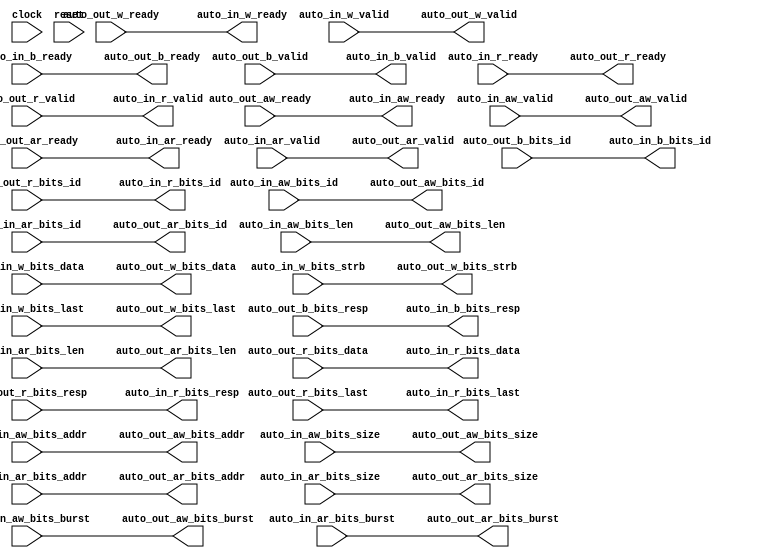
module AXI4Xbar_1( // @[:freechips.rocketchip.system.DefaultRV32Config.fir@230616.2]
  input         clock, // @[:freechips.rocketchip.system.DefaultRV32Config.fir@230617.4]
  input         reset, // @[:freechips.rocketchip.system.DefaultRV32Config.fir@230618.4]
  output        auto_in_aw_ready, // @[:freechips.rocketchip.system.DefaultRV32Config.fir@230619.4]
  input         auto_in_aw_valid, // @[:freechips.rocketchip.system.DefaultRV32Config.fir@230619.4]
  input  [3:0]  auto_in_aw_bits_id, // @[:freechips.rocketchip.system.DefaultRV32Config.fir@230619.4]
  input  [11:0] auto_in_aw_bits_addr, // @[:freechips.rocketchip.system.DefaultRV32Config.fir@230619.4]
  input  [7:0]  auto_in_aw_bits_len, // @[:freechips.rocketchip.system.DefaultRV32Config.fir@230619.4]
  input  [2:0]  auto_in_aw_bits_size, // @[:freechips.rocketchip.system.DefaultRV32Config.fir@230619.4]
  input  [1:0]  auto_in_aw_bits_burst, // @[:freechips.rocketchip.system.DefaultRV32Config.fir@230619.4]
  output        auto_in_w_ready, // @[:freechips.rocketchip.system.DefaultRV32Config.fir@230619.4]
  input         auto_in_w_valid, // @[:freechips.rocketchip.system.DefaultRV32Config.fir@230619.4]
  input  [31:0] auto_in_w_bits_data, // @[:freechips.rocketchip.system.DefaultRV32Config.fir@230619.4]
  input  [3:0]  auto_in_w_bits_strb, // @[:freechips.rocketchip.system.DefaultRV32Config.fir@230619.4]
  input         auto_in_w_bits_last, // @[:freechips.rocketchip.system.DefaultRV32Config.fir@230619.4]
  input         auto_in_b_ready, // @[:freechips.rocketchip.system.DefaultRV32Config.fir@230619.4]
  output        auto_in_b_valid, // @[:freechips.rocketchip.system.DefaultRV32Config.fir@230619.4]
  output [3:0]  auto_in_b_bits_id, // @[:freechips.rocketchip.system.DefaultRV32Config.fir@230619.4]
  output [1:0]  auto_in_b_bits_resp, // @[:freechips.rocketchip.system.DefaultRV32Config.fir@230619.4]
  output        auto_in_ar_ready, // @[:freechips.rocketchip.system.DefaultRV32Config.fir@230619.4]
  input         auto_in_ar_valid, // @[:freechips.rocketchip.system.DefaultRV32Config.fir@230619.4]
  input  [3:0]  auto_in_ar_bits_id, // @[:freechips.rocketchip.system.DefaultRV32Config.fir@230619.4]
  input  [11:0] auto_in_ar_bits_addr, // @[:freechips.rocketchip.system.DefaultRV32Config.fir@230619.4]
  input  [7:0]  auto_in_ar_bits_len, // @[:freechips.rocketchip.system.DefaultRV32Config.fir@230619.4]
  input  [2:0]  auto_in_ar_bits_size, // @[:freechips.rocketchip.system.DefaultRV32Config.fir@230619.4]
  input  [1:0]  auto_in_ar_bits_burst, // @[:freechips.rocketchip.system.DefaultRV32Config.fir@230619.4]
  input         auto_in_r_ready, // @[:freechips.rocketchip.system.DefaultRV32Config.fir@230619.4]
  output        auto_in_r_valid, // @[:freechips.rocketchip.system.DefaultRV32Config.fir@230619.4]
  output [3:0]  auto_in_r_bits_id, // @[:freechips.rocketchip.system.DefaultRV32Config.fir@230619.4]
  output [31:0] auto_in_r_bits_data, // @[:freechips.rocketchip.system.DefaultRV32Config.fir@230619.4]
  output [1:0]  auto_in_r_bits_resp, // @[:freechips.rocketchip.system.DefaultRV32Config.fir@230619.4]
  output        auto_in_r_bits_last, // @[:freechips.rocketchip.system.DefaultRV32Config.fir@230619.4]
  input         auto_out_aw_ready, // @[:freechips.rocketchip.system.DefaultRV32Config.fir@230619.4]
  output        auto_out_aw_valid, // @[:freechips.rocketchip.system.DefaultRV32Config.fir@230619.4]
  output [3:0]  auto_out_aw_bits_id, // @[:freechips.rocketchip.system.DefaultRV32Config.fir@230619.4]
  output [11:0] auto_out_aw_bits_addr, // @[:freechips.rocketchip.system.DefaultRV32Config.fir@230619.4]
  output [7:0]  auto_out_aw_bits_len, // @[:freechips.rocketchip.system.DefaultRV32Config.fir@230619.4]
  output [2:0]  auto_out_aw_bits_size, // @[:freechips.rocketchip.system.DefaultRV32Config.fir@230619.4]
  output [1:0]  auto_out_aw_bits_burst, // @[:freechips.rocketchip.system.DefaultRV32Config.fir@230619.4]
  input         auto_out_w_ready, // @[:freechips.rocketchip.system.DefaultRV32Config.fir@230619.4]
  output        auto_out_w_valid, // @[:freechips.rocketchip.system.DefaultRV32Config.fir@230619.4]
  output [31:0] auto_out_w_bits_data, // @[:freechips.rocketchip.system.DefaultRV32Config.fir@230619.4]
  output [3:0]  auto_out_w_bits_strb, // @[:freechips.rocketchip.system.DefaultRV32Config.fir@230619.4]
  output        auto_out_w_bits_last, // @[:freechips.rocketchip.system.DefaultRV32Config.fir@230619.4]
  output        auto_out_b_ready, // @[:freechips.rocketchip.system.DefaultRV32Config.fir@230619.4]
  input         auto_out_b_valid, // @[:freechips.rocketchip.system.DefaultRV32Config.fir@230619.4]
  input  [3:0]  auto_out_b_bits_id, // @[:freechips.rocketchip.system.DefaultRV32Config.fir@230619.4]
  input  [1:0]  auto_out_b_bits_resp, // @[:freechips.rocketchip.system.DefaultRV32Config.fir@230619.4]
  input         auto_out_ar_ready, // @[:freechips.rocketchip.system.DefaultRV32Config.fir@230619.4]
  output        auto_out_ar_valid, // @[:freechips.rocketchip.system.DefaultRV32Config.fir@230619.4]
  output [3:0]  auto_out_ar_bits_id, // @[:freechips.rocketchip.system.DefaultRV32Config.fir@230619.4]
  output [11:0] auto_out_ar_bits_addr, // @[:freechips.rocketchip.system.DefaultRV32Config.fir@230619.4]
  output [7:0]  auto_out_ar_bits_len, // @[:freechips.rocketchip.system.DefaultRV32Config.fir@230619.4]
  output [2:0]  auto_out_ar_bits_size, // @[:freechips.rocketchip.system.DefaultRV32Config.fir@230619.4]
  output [1:0]  auto_out_ar_bits_burst, // @[:freechips.rocketchip.system.DefaultRV32Config.fir@230619.4]
  output        auto_out_r_ready, // @[:freechips.rocketchip.system.DefaultRV32Config.fir@230619.4]
  input         auto_out_r_valid, // @[:freechips.rocketchip.system.DefaultRV32Config.fir@230619.4]
  input  [3:0]  auto_out_r_bits_id, // @[:freechips.rocketchip.system.DefaultRV32Config.fir@230619.4]
  input  [31:0] auto_out_r_bits_data, // @[:freechips.rocketchip.system.DefaultRV32Config.fir@230619.4]
  input  [1:0]  auto_out_r_bits_resp, // @[:freechips.rocketchip.system.DefaultRV32Config.fir@230619.4]
  input         auto_out_r_bits_last // @[:freechips.rocketchip.system.DefaultRV32Config.fir@230619.4]
);
  wire  _T_44; // @[Xbar.scala 260:60:freechips.rocketchip.system.DefaultRV32Config.fir@230819.4]
  wire  _T_50; // @[Xbar.scala 262:23:freechips.rocketchip.system.DefaultRV32Config.fir@230829.4]
  wire  _T_52; // @[Xbar.scala 262:12:freechips.rocketchip.system.DefaultRV32Config.fir@230831.4]
  wire  _T_53; // @[Xbar.scala 262:12:freechips.rocketchip.system.DefaultRV32Config.fir@230832.4]
  wire  _T_65; // @[Xbar.scala 260:60:freechips.rocketchip.system.DefaultRV32Config.fir@230873.4]
  wire  _T_71; // @[Xbar.scala 262:23:freechips.rocketchip.system.DefaultRV32Config.fir@230883.4]
  wire  _T_73; // @[Xbar.scala 262:12:freechips.rocketchip.system.DefaultRV32Config.fir@230885.4]
  wire  _T_74; // @[Xbar.scala 262:12:freechips.rocketchip.system.DefaultRV32Config.fir@230886.4]
  wire  _T_88; // @[Xbar.scala 260:60:freechips.rocketchip.system.DefaultRV32Config.fir@230933.4]
  wire  _T_94; // @[Xbar.scala 262:23:freechips.rocketchip.system.DefaultRV32Config.fir@230943.4]
  wire  _T_96; // @[Xbar.scala 262:12:freechips.rocketchip.system.DefaultRV32Config.fir@230945.4]
  wire  _T_97; // @[Xbar.scala 262:12:freechips.rocketchip.system.DefaultRV32Config.fir@230946.4]
  wire  _T_109; // @[Xbar.scala 260:60:freechips.rocketchip.system.DefaultRV32Config.fir@230981.4]
  wire  _T_115; // @[Xbar.scala 262:23:freechips.rocketchip.system.DefaultRV32Config.fir@230991.4]
  wire  _T_117; // @[Xbar.scala 262:12:freechips.rocketchip.system.DefaultRV32Config.fir@230993.4]
  wire  _T_118; // @[Xbar.scala 262:12:freechips.rocketchip.system.DefaultRV32Config.fir@230994.4]
  assign _T_44 = ~auto_in_aw_valid; // @[Xbar.scala 260:60:freechips.rocketchip.system.DefaultRV32Config.fir@230819.4]
  assign _T_50 = _T_44 | auto_in_aw_valid; // @[Xbar.scala 262:23:freechips.rocketchip.system.DefaultRV32Config.fir@230829.4]
  assign _T_52 = _T_50 | reset; // @[Xbar.scala 262:12:freechips.rocketchip.system.DefaultRV32Config.fir@230831.4]
  assign _T_53 = ~_T_52; // @[Xbar.scala 262:12:freechips.rocketchip.system.DefaultRV32Config.fir@230832.4]
  assign _T_65 = ~auto_in_ar_valid; // @[Xbar.scala 260:60:freechips.rocketchip.system.DefaultRV32Config.fir@230873.4]
  assign _T_71 = _T_65 | auto_in_ar_valid; // @[Xbar.scala 262:23:freechips.rocketchip.system.DefaultRV32Config.fir@230883.4]
  assign _T_73 = _T_71 | reset; // @[Xbar.scala 262:12:freechips.rocketchip.system.DefaultRV32Config.fir@230885.4]
  assign _T_74 = ~_T_73; // @[Xbar.scala 262:12:freechips.rocketchip.system.DefaultRV32Config.fir@230886.4]
  assign _T_88 = ~auto_out_r_valid; // @[Xbar.scala 260:60:freechips.rocketchip.system.DefaultRV32Config.fir@230933.4]
  assign _T_94 = _T_88 | auto_out_r_valid; // @[Xbar.scala 262:23:freechips.rocketchip.system.DefaultRV32Config.fir@230943.4]
  assign _T_96 = _T_94 | reset; // @[Xbar.scala 262:12:freechips.rocketchip.system.DefaultRV32Config.fir@230945.4]
  assign _T_97 = ~_T_96; // @[Xbar.scala 262:12:freechips.rocketchip.system.DefaultRV32Config.fir@230946.4]
  assign _T_109 = ~auto_out_b_valid; // @[Xbar.scala 260:60:freechips.rocketchip.system.DefaultRV32Config.fir@230981.4]
  assign _T_115 = _T_109 | auto_out_b_valid; // @[Xbar.scala 262:23:freechips.rocketchip.system.DefaultRV32Config.fir@230991.4]
  assign _T_117 = _T_115 | reset; // @[Xbar.scala 262:12:freechips.rocketchip.system.DefaultRV32Config.fir@230993.4]
  assign _T_118 = ~_T_117; // @[Xbar.scala 262:12:freechips.rocketchip.system.DefaultRV32Config.fir@230994.4]
  assign auto_in_aw_ready = auto_out_aw_ready; // @[LazyModule.scala 303:16:freechips.rocketchip.system.DefaultRV32Config.fir@230629.4]
  assign auto_in_w_ready = auto_out_w_ready; // @[LazyModule.scala 303:16:freechips.rocketchip.system.DefaultRV32Config.fir@230629.4]
  assign auto_in_b_valid = auto_out_b_valid; // @[LazyModule.scala 303:16:freechips.rocketchip.system.DefaultRV32Config.fir@230629.4]
  assign auto_in_b_bits_id = auto_out_b_bits_id; // @[LazyModule.scala 303:16:freechips.rocketchip.system.DefaultRV32Config.fir@230629.4]
  assign auto_in_b_bits_resp = auto_out_b_bits_resp; // @[LazyModule.scala 303:16:freechips.rocketchip.system.DefaultRV32Config.fir@230629.4]
  assign auto_in_ar_ready = auto_out_ar_ready; // @[LazyModule.scala 303:16:freechips.rocketchip.system.DefaultRV32Config.fir@230629.4]
  assign auto_in_r_valid = auto_out_r_valid; // @[LazyModule.scala 303:16:freechips.rocketchip.system.DefaultRV32Config.fir@230629.4]
  assign auto_in_r_bits_id = auto_out_r_bits_id; // @[LazyModule.scala 303:16:freechips.rocketchip.system.DefaultRV32Config.fir@230629.4]
  assign auto_in_r_bits_data = auto_out_r_bits_data; // @[LazyModule.scala 303:16:freechips.rocketchip.system.DefaultRV32Config.fir@230629.4]
  assign auto_in_r_bits_resp = auto_out_r_bits_resp; // @[LazyModule.scala 303:16:freechips.rocketchip.system.DefaultRV32Config.fir@230629.4]
  assign auto_in_r_bits_last = auto_out_r_bits_last; // @[LazyModule.scala 303:16:freechips.rocketchip.system.DefaultRV32Config.fir@230629.4]
  assign auto_out_aw_valid = auto_in_aw_valid; // @[LazyModule.scala 305:12:freechips.rocketchip.system.DefaultRV32Config.fir@230628.4]
  assign auto_out_aw_bits_id = auto_in_aw_bits_id; // @[LazyModule.scala 305:12:freechips.rocketchip.system.DefaultRV32Config.fir@230628.4]
  assign auto_out_aw_bits_addr = auto_in_aw_bits_addr; // @[LazyModule.scala 305:12:freechips.rocketchip.system.DefaultRV32Config.fir@230628.4]
  assign auto_out_aw_bits_len = auto_in_aw_bits_len; // @[LazyModule.scala 305:12:freechips.rocketchip.system.DefaultRV32Config.fir@230628.4]
  assign auto_out_aw_bits_size = auto_in_aw_bits_size; // @[LazyModule.scala 305:12:freechips.rocketchip.system.DefaultRV32Config.fir@230628.4]
  assign auto_out_aw_bits_burst = auto_in_aw_bits_burst; // @[LazyModule.scala 305:12:freechips.rocketchip.system.DefaultRV32Config.fir@230628.4]
  assign auto_out_w_valid = auto_in_w_valid; // @[LazyModule.scala 305:12:freechips.rocketchip.system.DefaultRV32Config.fir@230628.4]
  assign auto_out_w_bits_data = auto_in_w_bits_data; // @[LazyModule.scala 305:12:freechips.rocketchip.system.DefaultRV32Config.fir@230628.4]
  assign auto_out_w_bits_strb = auto_in_w_bits_strb; // @[LazyModule.scala 305:12:freechips.rocketchip.system.DefaultRV32Config.fir@230628.4]
  assign auto_out_w_bits_last = auto_in_w_bits_last; // @[LazyModule.scala 305:12:freechips.rocketchip.system.DefaultRV32Config.fir@230628.4]
  assign auto_out_b_ready = auto_in_b_ready; // @[LazyModule.scala 305:12:freechips.rocketchip.system.DefaultRV32Config.fir@230628.4]
  assign auto_out_ar_valid = auto_in_ar_valid; // @[LazyModule.scala 305:12:freechips.rocketchip.system.DefaultRV32Config.fir@230628.4]
  assign auto_out_ar_bits_id = auto_in_ar_bits_id; // @[LazyModule.scala 305:12:freechips.rocketchip.system.DefaultRV32Config.fir@230628.4]
  assign auto_out_ar_bits_addr = auto_in_ar_bits_addr; // @[LazyModule.scala 305:12:freechips.rocketchip.system.DefaultRV32Config.fir@230628.4]
  assign auto_out_ar_bits_len = auto_in_ar_bits_len; // @[LazyModule.scala 305:12:freechips.rocketchip.system.DefaultRV32Config.fir@230628.4]
  assign auto_out_ar_bits_size = auto_in_ar_bits_size; // @[LazyModule.scala 305:12:freechips.rocketchip.system.DefaultRV32Config.fir@230628.4]
  assign auto_out_ar_bits_burst = auto_in_ar_bits_burst; // @[LazyModule.scala 305:12:freechips.rocketchip.system.DefaultRV32Config.fir@230628.4]
  assign auto_out_r_ready = auto_in_r_ready; // @[LazyModule.scala 305:12:freechips.rocketchip.system.DefaultRV32Config.fir@230628.4]
  always @(posedge clock) begin
    `ifndef SYNTHESIS
    `ifdef PRINTF_COND
      if (`PRINTF_COND) begin
    `endif
        if (_T_53) begin
          $fwrite(32'h80000002,"Assertion failed\n    at Xbar.scala:262 assert (!anyValid || winner.reduce(_||_))\n"); // @[Xbar.scala 262:12:freechips.rocketchip.system.DefaultRV32Config.fir@230834.6]
        end
    `ifdef PRINTF_COND
      end
    `endif
    `endif // SYNTHESIS
    `ifndef SYNTHESIS
    `ifdef STOP_COND
      if (`STOP_COND) begin
    `endif
        if (_T_53) begin
          $fatal; // @[Xbar.scala 262:12:freechips.rocketchip.system.DefaultRV32Config.fir@230835.6]
        end
    `ifdef STOP_COND
      end
    `endif
    `endif // SYNTHESIS
    `ifndef SYNTHESIS
    `ifdef PRINTF_COND
      if (`PRINTF_COND) begin
    `endif
        if (_T_74) begin
          $fwrite(32'h80000002,"Assertion failed\n    at Xbar.scala:262 assert (!anyValid || winner.reduce(_||_))\n"); // @[Xbar.scala 262:12:freechips.rocketchip.system.DefaultRV32Config.fir@230888.6]
        end
    `ifdef PRINTF_COND
      end
    `endif
    `endif // SYNTHESIS
    `ifndef SYNTHESIS
    `ifdef STOP_COND
      if (`STOP_COND) begin
    `endif
        if (_T_74) begin
          $fatal; // @[Xbar.scala 262:12:freechips.rocketchip.system.DefaultRV32Config.fir@230889.6]
        end
    `ifdef STOP_COND
      end
    `endif
    `endif // SYNTHESIS
    `ifndef SYNTHESIS
    `ifdef PRINTF_COND
      if (`PRINTF_COND) begin
    `endif
        if (_T_97) begin
          $fwrite(32'h80000002,"Assertion failed\n    at Xbar.scala:262 assert (!anyValid || winner.reduce(_||_))\n"); // @[Xbar.scala 262:12:freechips.rocketchip.system.DefaultRV32Config.fir@230948.6]
        end
    `ifdef PRINTF_COND
      end
    `endif
    `endif // SYNTHESIS
    `ifndef SYNTHESIS
    `ifdef STOP_COND
      if (`STOP_COND) begin
    `endif
        if (_T_97) begin
          $fatal; // @[Xbar.scala 262:12:freechips.rocketchip.system.DefaultRV32Config.fir@230949.6]
        end
    `ifdef STOP_COND
      end
    `endif
    `endif // SYNTHESIS
    `ifndef SYNTHESIS
    `ifdef PRINTF_COND
      if (`PRINTF_COND) begin
    `endif
        if (_T_118) begin
          $fwrite(32'h80000002,"Assertion failed\n    at Xbar.scala:262 assert (!anyValid || winner.reduce(_||_))\n"); // @[Xbar.scala 262:12:freechips.rocketchip.system.DefaultRV32Config.fir@230996.6]
        end
    `ifdef PRINTF_COND
      end
    `endif
    `endif // SYNTHESIS
    `ifndef SYNTHESIS
    `ifdef STOP_COND
      if (`STOP_COND) begin
    `endif
        if (_T_118) begin
          $fatal; // @[Xbar.scala 262:12:freechips.rocketchip.system.DefaultRV32Config.fir@230997.6]
        end
    `ifdef STOP_COND
      end
    `endif
    `endif // SYNTHESIS
  end
endmodule